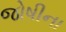
જોષીના